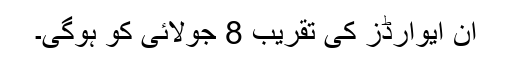
ان ایوارڈز کی تقریب 8 جولائی کو ہوگی۔